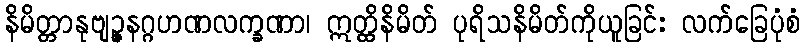
နိမိတ္တာနုဗျဉ္ဇနဂ္ဂဟဏလက္ခဏာ၊ ဣတ္ထိနိမိတ် ပုရိသနိမိတ်ကိုယူခြင်း လက်ခြေပုံစံ